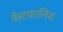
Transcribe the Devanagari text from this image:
वेस्टफालिश